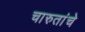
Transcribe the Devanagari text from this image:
चारुतांचे